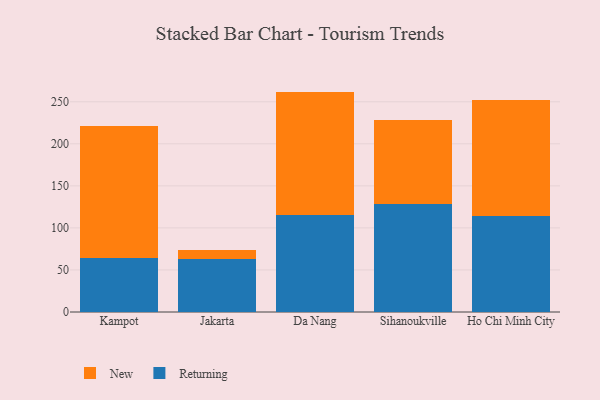
{"axis": {"x": "City", "y": "Satisfaction Score"}, "legend": ["New", "Returning"], "data": [{"x": "Kampot", "y": 64.3, "type": "Returning"}, {"x": "Kampot", "y": 157.0, "type": "New"}, {"x": "Jakarta", "y": 63.3, "type": "Returning"}, {"x": "Jakarta", "y": 10.2, "type": "New"}, {"x": "Da Nang", "y": 115.7, "type": "Returning"}, {"x": "Da Nang", "y": 146.4, "type": "New"}, {"x": "Sihanoukville", "y": 129.0, "type": "Returning"}, {"x": "Sihanoukville", "y": 99.2, "type": "New"}, {"x": "Ho Chi Minh City", "y": 114.4, "type": "Returning"}, {"x": "Ho Chi Minh City", "y": 137.9, "type": "New"}]}